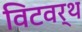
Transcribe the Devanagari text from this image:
विटवर्थ